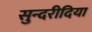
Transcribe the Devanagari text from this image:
सुन्दरीदिया